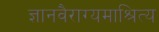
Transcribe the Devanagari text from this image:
ज्ञानवैराग्यमाश्रित्य